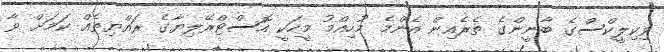
ވިކިލީކްސްގެ ބާނީންގެ ތެރެއިން އެންމެ މުހިއްމު މީހަކީ އޮސްޓްރޭލިޔާގެ ރައްޔިތެއް ކަމަށް ވާ